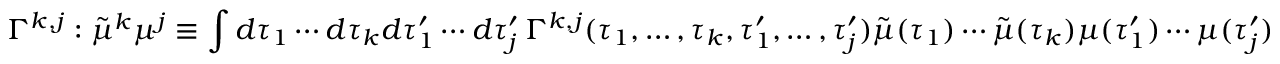
\Gamma ^ { k , j } : \tilde { \mu } ^ { k } \mu ^ { j } \equiv \int d \tau _ { 1 } \cdots d \tau _ { k } d \tau _ { 1 } ^ { \prime } \cdots d \tau _ { j } ^ { \prime } \, \Gamma ^ { k , j } ( \tau _ { 1 } , \dots , \tau _ { k } , \tau _ { 1 } ^ { \prime } , \dots , \tau _ { j } ^ { \prime } ) \tilde { \mu } ( \tau _ { 1 } ) \cdots \tilde { \mu } ( \tau _ { k } ) \mu ( \tau _ { 1 } ^ { \prime } ) \cdots \mu ( \tau _ { j } ^ { \prime } )